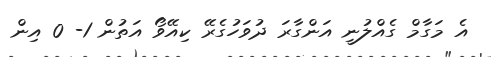
އެ މަގާމް ގެއްލުނީ އަންގާރަ ދުވަހުގެރޭ ކިއޭވޯ އަތުން 1- 0 އިން